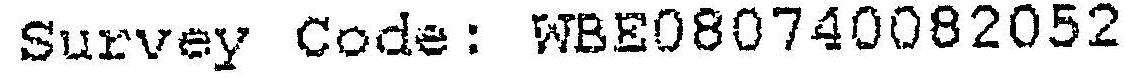
SURVEY CODE: WBE080740082052